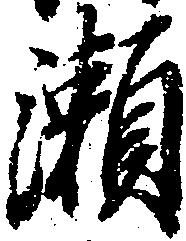
瀬